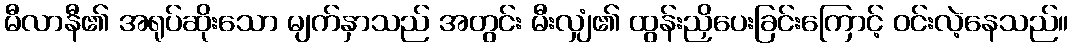
မီလာနီ၏ အရုပ်ဆိုးသော မျက်နှာသည် အတွင်း မီးလျှံ၏ ထွန်းညှိပေးခြင်းကြောင့် ဝင်းလဲ့နေသည်။